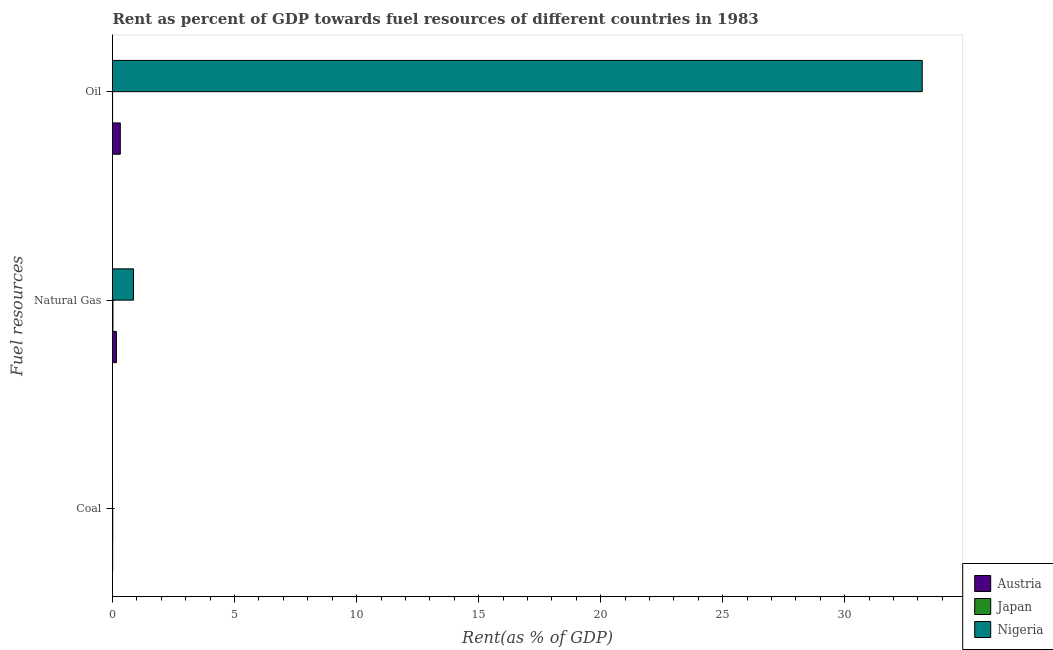
| Fuel resources | Austria | Japan | Nigeria |
 | --- | --- | --- | --- |
 | Coal | 0.00681 | 0.00959 | 0.00136 |
 | Natural Gas | 0.16 | 0.0182 | 0.859 |
 | Oil | 0.32 | 0.00331 | 33.2 |